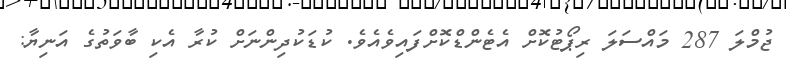
ޖުމްލަ 287 މައްސަލަ ރިޕޯޓުކޮށް އެޓެންޑްކޮށްފައިވެއެވެ. ކުޑަކުދިންނަށް ކުރާ އެކި ބާވަތުގެ އަނިޔާ: